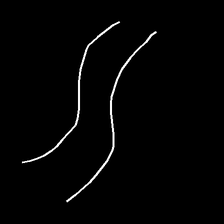
Glyph: float